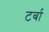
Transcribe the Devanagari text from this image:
टर्बा